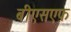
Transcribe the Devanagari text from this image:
बीएसएफ़